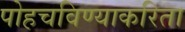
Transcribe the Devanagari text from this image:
पोहचविण्याकरिता